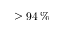
\geq 9 4 \, \%